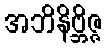
အဘိနိဗ္ဘိဇ္ဇ